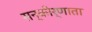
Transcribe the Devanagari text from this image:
सन्कीर्णाता